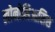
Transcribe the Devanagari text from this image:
लोनोमिआसिस